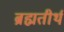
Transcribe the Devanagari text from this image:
ब्रह्मतीर्थ